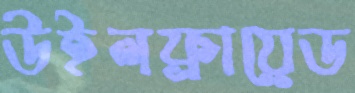
উইলফ্রায়েড